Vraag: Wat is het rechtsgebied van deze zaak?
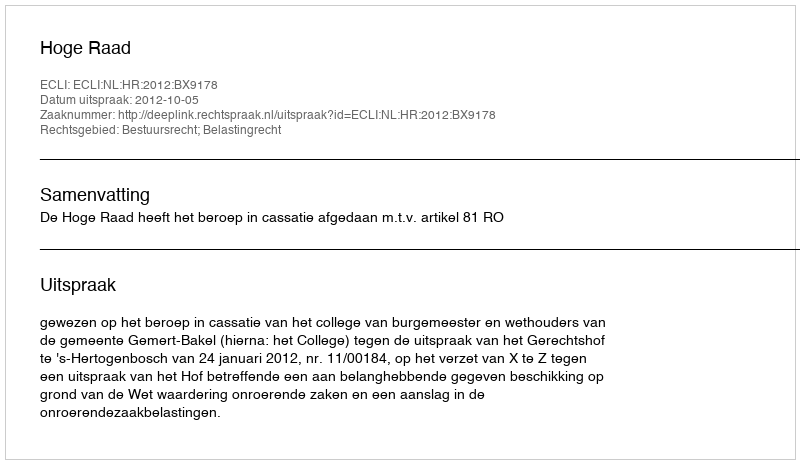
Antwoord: Bestuursrecht; Belastingrecht